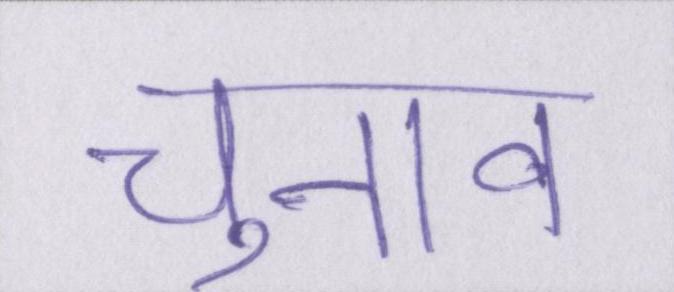
चुनाव